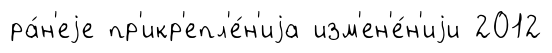
ра́н'еjе пр'икр'епл'е́н'иjа изм'ен'е́н'иjи 2012